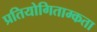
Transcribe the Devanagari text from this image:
प्रतियोगिताम्कता